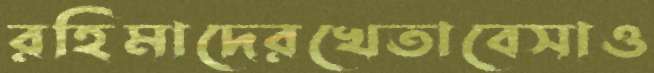
রহিমাদেরখেতাবেসাও